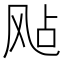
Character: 飐